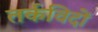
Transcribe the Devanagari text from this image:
तर्कविदों